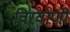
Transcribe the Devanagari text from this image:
विरवाणी